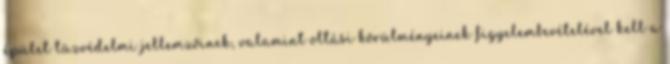
épület tûzvédelmi jellemzõinek, valamint oltási körülményeinek figyelembevételével kell a